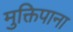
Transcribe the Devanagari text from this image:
मुक्तिपाना